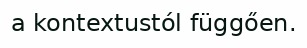
a kontextustól függően.